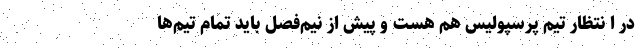
در ا نتظار تیم پرسپولیس هم هست و پیش از نیم‌فصل باید تمام تیم‌ها